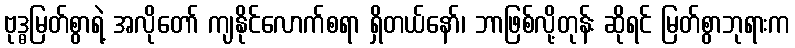
ဗုဒ္ဓမြတ်စွာရဲ့ အလိုတော် ကျနိုင်လောက်စရာ ရှိတယ်နော်၊ ဘာဖြစ်လို့တုန်း ဆိုရင် မြတ်စွာဘုရားက